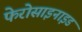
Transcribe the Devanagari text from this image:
फेरोसाइनाइड